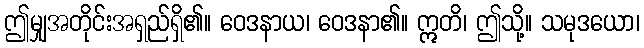
ဤမျှအတိုင်းအရှည်ရှိ၏။ ဝေဒနာယ၊ ဝေဒနာ၏။ ဣတိ၊ ဤသို့။ သမုဒယော၊